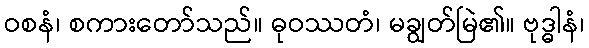
ဝစနံ၊ စကားတော်သည်။ ဓုဝဿတံ၊ မချွတ်မြဲ၏။ ဗုဒ္ဓါနံ၊